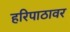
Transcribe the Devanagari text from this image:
हरिपाठावर